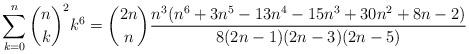
LaTeX: \begin{align*} \sum_{k=0}^n \binom{n}{k}^2 k^6 = \binom{2n}{n} \frac{n^3(n^6+3n^5-13n^4-15n^3+30n^2+8n-2)}{8(2n-1)(2n-3)(2n-5)}\end{align*}